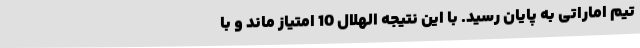
تیم اماراتی به پایان رسید. با این نتیجه الهلال 10 امتیاز ماند و با